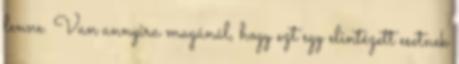
lenne. Van annyira magánál, hogy ezt egy elintézett esetnek